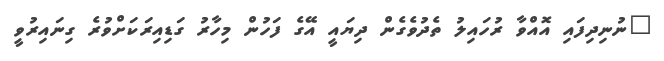
"ނުނިދިފައި އޮއްވާ ރުހައިލު ތެދުވެގެން ދިޔައީ އޭގެ ފަހުން މިހާރު ގަޑިއިރަކަށްވުރެ ގިނައިރުވީ